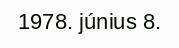
1978. június 8.